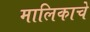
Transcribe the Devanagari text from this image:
मालिकाचे